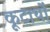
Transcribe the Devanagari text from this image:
कूटार्थों